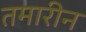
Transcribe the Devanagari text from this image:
तमारीन